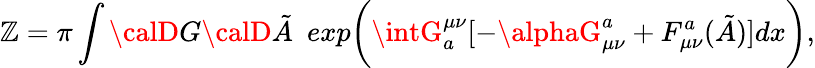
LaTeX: \mathbb{Z}=\pi\int{\calD}G{\calD}\tilde{{A}}~~exp\bigg(\intG_{a}^{\mu\nu}[-\alphaG_{\mu\nu}^{a}+F_{\mu\nu}^{a}(\tilde{{A}})]dx\bigg),